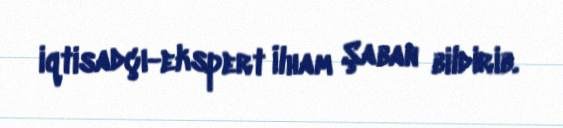
iqtisadçı-ekspert İlham Şaban bildirib.